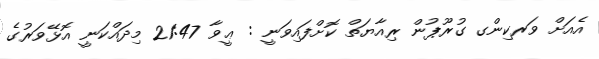
އެއަށް ވަރކިންގ ގުރޫޕުން ރިއާޔަތް ކޮށްފައިވަނީ : ޢީވާ 21:47 މިދައްކަނީ އޮޅޭވަރުގެ